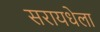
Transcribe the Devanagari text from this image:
सरायधेला